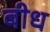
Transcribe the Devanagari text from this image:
बीध